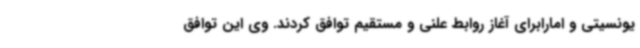
یونسیتی و امارابرای آغاز روابط علنی و مستقیم توافق کردند. وی این توافق